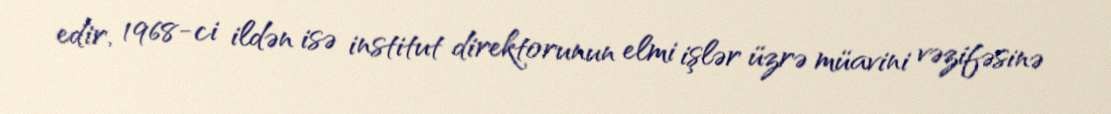
edir, 1968-ci ildən isə institut direktorunun elmi işlər üzrə müavini vəzifəsinə